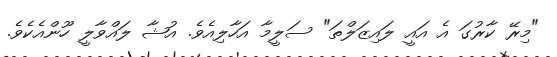
"މިރޭ ކާރުގަ އެ އައީ ލައިޒަލްތަ" ސަލީމާ އަހާލިއެވެ. އުޝާ ލައްވާލީ ހޫންއެކެވެ.